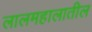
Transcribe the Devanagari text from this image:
लालमहालातील